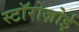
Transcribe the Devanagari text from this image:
स्टॉरोज़ोई